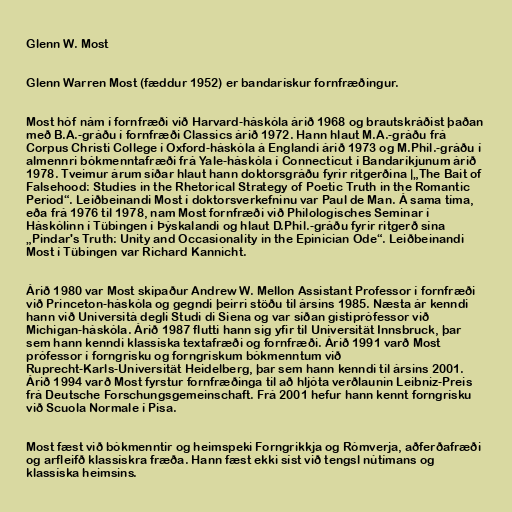
Glenn W. Most

Glenn Warren Most (fæddur 1952) er bandarískur fornfræðingur.

Most hóf nám í fornfræði við Harvard-háskóla árið 1968 og brautskráðist þaðan
með B.A.-gráðu í fornfræði Classics árið 1972. Hann hlaut M.A.-gráðu frá
Corpus Christi College í Oxford-háskóla á Englandi árið 1973 og M.Phil.-gráðu í
almennri bókmenntafræði frá Yale-háskóla í Connecticut í Bandaríkjunum árið
1978. Tveimur árum síðar hlaut hann doktorsgráðu fyrir ritgerðina |„The Bait of
Falsehood: Studies in the Rhetorical Strategy of Poetic Truth in the Romantic
Period“. Leiðbeinandi Most í doktorsverkefninu var Paul de Man. Á sama tíma,
eða frá 1976 til 1978, nam Most fornfræði við Philologisches Seminar í
Háskólinn í Tübingen í Þýskalandi og hlaut D.Phil.-gráðu fyrir ritgerð sína
„Pindar's Truth: Unity and Occasionality in the Epinician Ode“. Leiðbeinandi
Most í Tübingen var Richard Kannicht.

Árið 1980 var Most skipaður Andrew W. Mellon Assistant Professor í fornfræði
við Princeton-háskóla og gegndi þeirri stöðu til ársins 1985. Næsta ár kenndi
hann við Università degli Studi di Siena og var síðan gistiprófessor við
Michigan-háskóla. Árið 1987 flutti hann sig yfir til Universität Innsbruck, þar
sem hann kenndi klassíska textafræði og fornfræði. Árið 1991 varð Most
prófessor í forngrísku og forngrískum bókmenntum við
Ruprecht-Karls-Universität Heidelberg, þar sem hann kenndi til ársins 2001.
Árið 1994 varð Most fyrstur fornfræðinga til að hljóta verðlaunin Leibniz-Preis
frá Deutsche Forschungsgemeinschaft. Frá 2001 hefur hann kennt forngrísku
við Scuola Normale í Pisa.

Most fæst við bókmenntir og heimspeki Forngrikkja og Rómverja, aðferðafræði
og arfleifð klassískra fræða. Hann fæst ekki síst við tengsl nútímans og
klassíska heimsins.